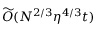
\widetilde { \cal O } ( N ^ { 2 / 3 } \eta ^ { 4 / 3 } t )